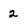
Character: 2